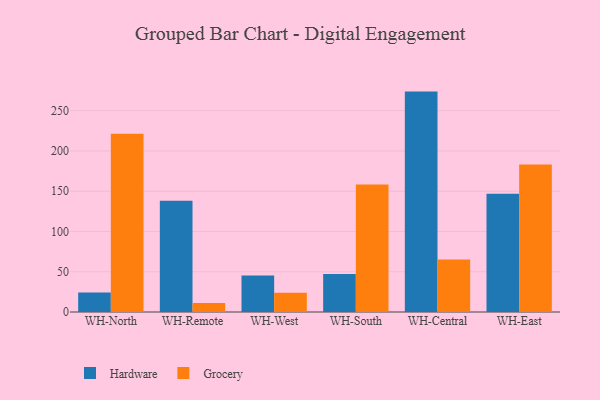
{"axis": {"x": "Warehouse", "y": "Revenue (USD Million)"}, "legend": ["Grocery", "Hardware"], "data": [{"x": "WH-North", "y": 24.1, "type": "Hardware"}, {"x": "WH-North", "y": 221.5, "type": "Grocery"}, {"x": "WH-Remote", "y": 138.3, "type": "Hardware"}, {"x": "WH-Remote", "y": 11.2, "type": "Grocery"}, {"x": "WH-West", "y": 45.2, "type": "Hardware"}, {"x": "WH-West", "y": 23.8, "type": "Grocery"}, {"x": "WH-South", "y": 47.2, "type": "Hardware"}, {"x": "WH-South", "y": 158.4, "type": "Grocery"}, {"x": "WH-Central", "y": 273.7, "type": "Hardware"}, {"x": "WH-Central", "y": 65.2, "type": "Grocery"}, {"x": "WH-East", "y": 146.7, "type": "Hardware"}, {"x": "WH-East", "y": 183.3, "type": "Grocery"}]}